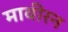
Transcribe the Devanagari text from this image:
मावीरन